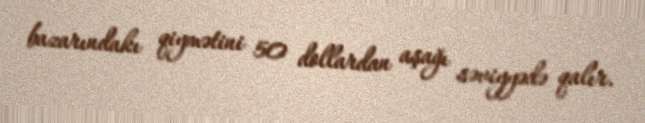
bazarındakı qiymətini 50 dollardan aşağı səviyyədə qalır.